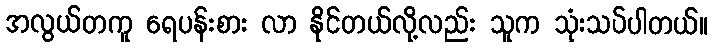
အလွယ်တကူ ရေပန်းစား လာ နိုင်တယ်လို့လည်း သူက သုံးသပ်ပါတယ်။